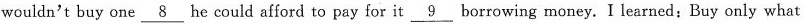
wouldn't buy one \underline{8} he could afford to pay for it \underline{9} borrowing money. I learned: Buy only what